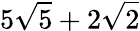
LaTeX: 5\sqrt{5}+2\sqrt{2}